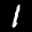
Label: 1